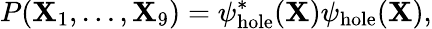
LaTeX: P({\mathbf X}_{1},\ldots,{\mathbf X}_{9})=\psi_{\mathrm{hole}}^{*}({\mathbf X})\psi_{\mathrm{hole}}({\mathbf X}),